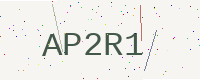
Text: AP2R1